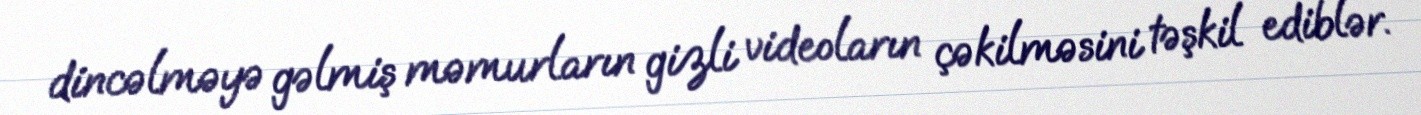
dincəlməyə gəlmiş məmurların gizli videoların çəkilməsini təşkil ediblər.